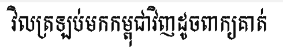
វិលត្រឡប់មកកម្ពុជាវិញដូចពាក្យគាត់